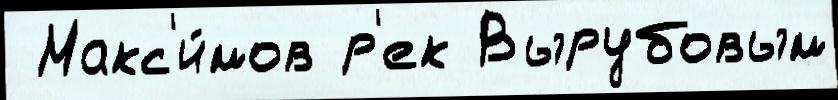
 Макс'и́мов р'ек Вырубовым